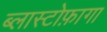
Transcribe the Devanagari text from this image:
ब्लास्टोफ़ागा